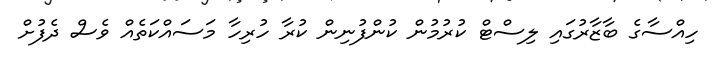
ހިއްސާގެ ބާޒާރުގައި ލިސްޓް ކުރުމުން ކުންފުނިން ކުރާ ހުރިހާ މަސައްކަތެއް ވެސް ދެފުށް